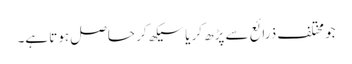
جو مختلف ذرائع سے پڑھ کر یا سیکھ کر حاصل ہوتا ہے۔